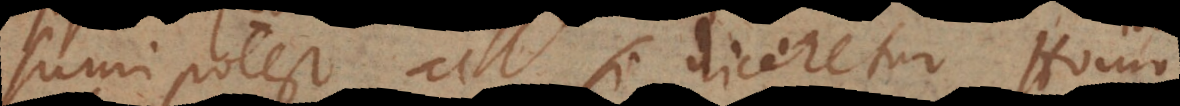
sumi potest ac si diceretur Homo